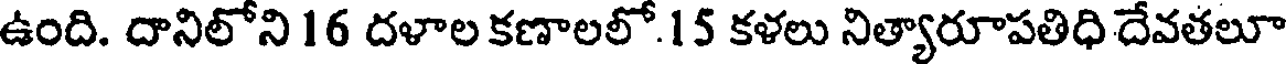
ఉంది. దానిలోని 16 దళాల కణాలలో.15 కళలు నిత్యారూపతిధి దేవతలూ